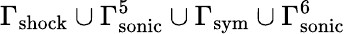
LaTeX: \Gamma_{\mathrm{shock}}\cup\Gamma_{\mathrm{sonic}}^{5}\cup\Gamma_{\mathrm{sym}}\cup\Gamma_{\mathrm{sonic}}^{6}